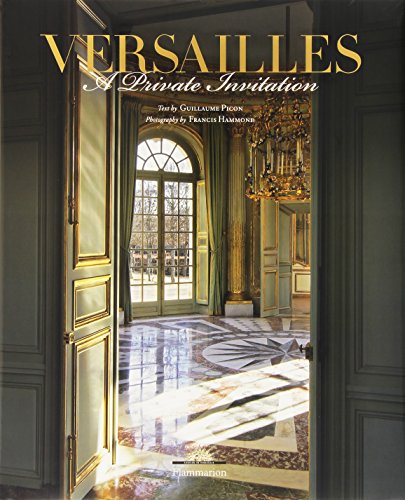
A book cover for Versailles: A Private Invitation; Guillaume Picon; Arts & Photography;